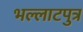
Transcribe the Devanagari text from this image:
भल्लाटपुत्र